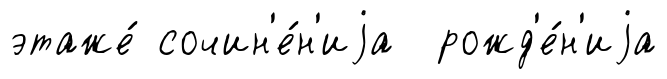
этаже́ сочин'е́н'иjа рожд'е́н'иjа